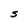
Character: S